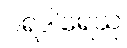
ပရဒါရေသု